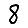
Digit: 8